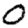
Digit: 0